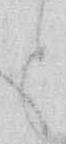
と